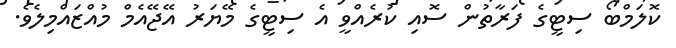
ކޮލަމްބޯ ސިޓީގެ ފަރާތުން ސޮއި ކުރެއްވީ އެ ސިޓީގެ މޭޔަރު އޭޖޭއެމް މުއްޒައްމިލެވެ.